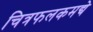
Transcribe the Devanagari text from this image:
चित्रफलकमद्ये